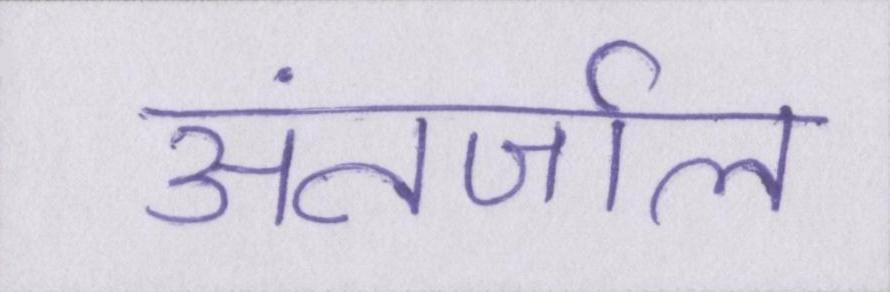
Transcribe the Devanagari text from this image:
अंतर्जाल